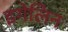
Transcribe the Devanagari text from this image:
इगेलिन